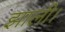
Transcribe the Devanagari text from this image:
झाली।